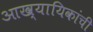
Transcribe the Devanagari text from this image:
आख्यायिकांची